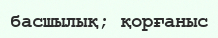
басшылық; қорғаныс